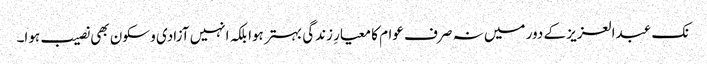
نک عبدالعزیز کے دور میں نہ صرف عوام کا معیارِ زندگی بہتر ہوا بلکہ انہیں آزادی و سکون بھی نصیب ہوا۔